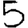
Digit: 5